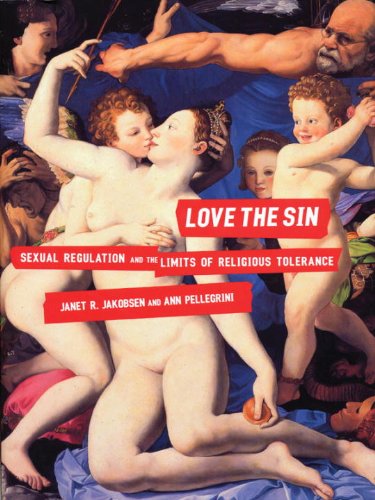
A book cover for Love the Sin: Sexual Regulation and the Limits of Religious Tolerance; Janet Jakobsen; Gay & Lesbian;